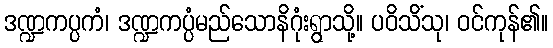
ဒဏ္ဍကပ္ပကံ၊ ဒဏ္ဍကပ္ပံမည်သောနိဂုံးရွာသို့။ ပဝိသိံသု၊ ဝင်ကုန်၏။